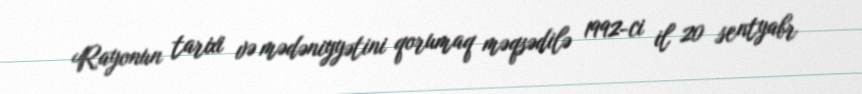
Rayonun tarixi və mədəniyyətini qorumaq məqsədilə 1992-ci il 20 sentyabr